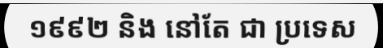
១៩៩២ និង នៅតែ ជា ប្រទេស